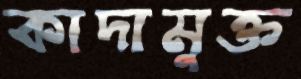
কাদামুক্ত